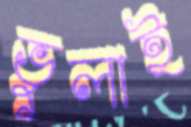
ভুলাই